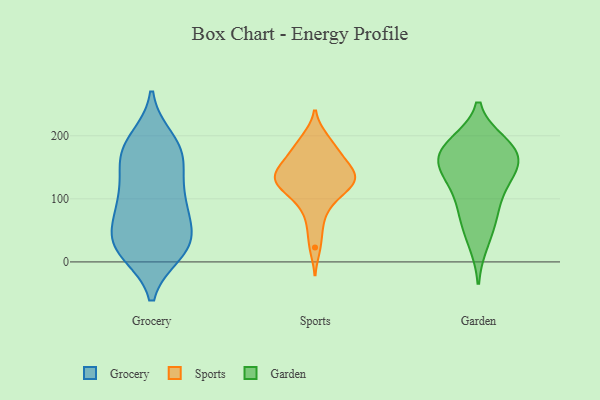
{"axis": {"x": "Page Views", "y": "Value"}, "legend": ["Garden", "Grocery", "Sports"], "data": [{"x": "", "y": 15, "type": "Grocery"}, {"x": "", "y": 50, "type": "Grocery"}, {"x": "", "y": 187, "type": "Grocery"}, {"x": "", "y": 96, "type": "Grocery"}, {"x": "", "y": 39, "type": "Grocery"}, {"x": "", "y": 23, "type": "Grocery"}, {"x": "", "y": 16, "type": "Grocery"}, {"x": "", "y": 184, "type": "Grocery"}, {"x": "", "y": 170, "type": "Grocery"}, {"x": "", "y": 14, "type": "Grocery"}, {"x": "", "y": 33, "type": "Grocery"}, {"x": "", "y": 157, "type": "Grocery"}, {"x": "", "y": 101, "type": "Grocery"}, {"x": "", "y": 43, "type": "Grocery"}, {"x": "", "y": 79, "type": "Grocery"}, {"x": "", "y": 88, "type": "Grocery"}, {"x": "", "y": 107, "type": "Grocery"}, {"x": "", "y": 141, "type": "Grocery"}, {"x": "", "y": 162, "type": "Grocery"}, {"x": "", "y": 195, "type": "Grocery"}, {"x": "", "y": 162, "type": "Sports"}, {"x": "", "y": 82, "type": "Sports"}, {"x": "", "y": 144, "type": "Sports"}, {"x": "", "y": 101, "type": "Sports"}, {"x": "", "y": 139, "type": "Sports"}, {"x": "", "y": 106, "type": "Sports"}, {"x": "", "y": 134, "type": "Sports"}, {"x": "", "y": 55, "type": "Sports"}, {"x": "", "y": 194, "type": "Sports"}, {"x": "", "y": 173, "type": "Sports"}, {"x": "", "y": 171, "type": "Sports"}, {"x": "", "y": 133, "type": "Sports"}, {"x": "", "y": 155, "type": "Sports"}, {"x": "", "y": 196, "type": "Sports"}, {"x": "", "y": 23, "type": "Sports"}, {"x": "", "y": 124, "type": "Sports"}, {"x": "", "y": 130, "type": "Sports"}, {"x": "", "y": 121, "type": "Sports"}, {"x": "", "y": 127, "type": "Sports"}, {"x": "", "y": 171, "type": "Garden"}, {"x": "", "y": 132, "type": "Garden"}, {"x": "", "y": 71, "type": "Garden"}, {"x": "", "y": 74, "type": "Garden"}, {"x": "", "y": 180, "type": "Garden"}, {"x": "", "y": 160, "type": "Garden"}, {"x": "", "y": 137, "type": "Garden"}, {"x": "", "y": 182, "type": "Garden"}, {"x": "", "y": 156, "type": "Garden"}, {"x": "", "y": 110, "type": "Garden"}, {"x": "", "y": 187, "type": "Garden"}, {"x": "", "y": 31, "type": "Garden"}]}